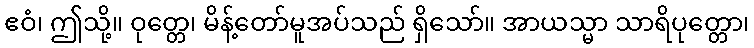
ဧဝံ၊ ဤသို့။ ဝုတ္တေ၊ မိန့်တော်မူအပ်သည် ရှိသော်။ အာယသ္မာ သာရိပုတ္တော၊